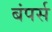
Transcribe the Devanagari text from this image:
बंपर्स